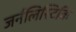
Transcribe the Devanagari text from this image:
जर्नलिस्टिकि